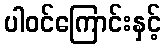
ပါဝင်ကြောင်းနှင့်